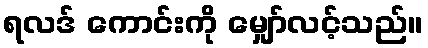
ရလဒ် ကောင်းကို မျှော်လင့်သည်။